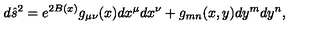
{ d \hat { s } ^ { 2 } = e ^ { 2 B ( x ) } g _ { \mu \nu } ( x ) d x ^ { \mu } d x ^ { \nu } + g _ { m n } ( x , y ) d y ^ { m } d y ^ { n } , }